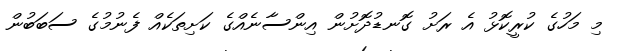
މި މަހުގެ ކުރީކޮޅު އެ ރަށު ގޮނޑުދޮށުން އިންސާނެއްގެ ކަށިތަކެއް ފެނުމުގެ ސަބަބުން